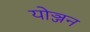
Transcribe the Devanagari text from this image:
योञ्जन